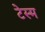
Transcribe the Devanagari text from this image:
टेस्म